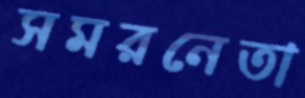
সমরনেতা